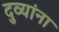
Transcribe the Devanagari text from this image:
दुव्यांना